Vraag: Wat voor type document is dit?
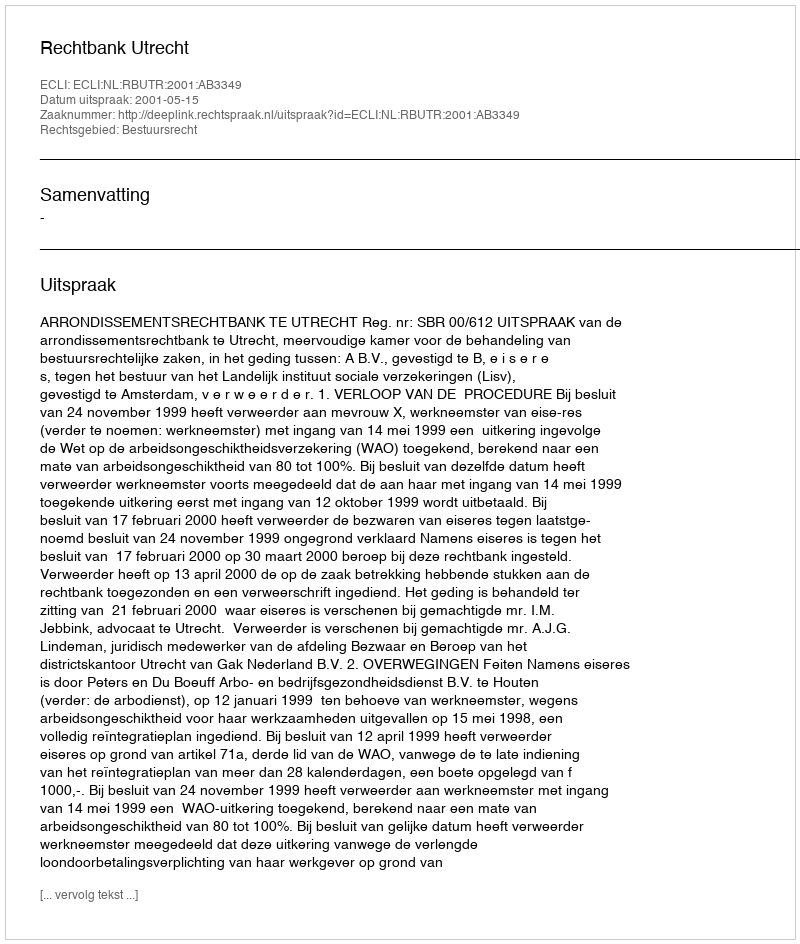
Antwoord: Uitspraak